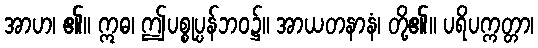
အာဟ၊ ၏။ ဣဓ၊ ဤပစ္စုပ္ပန်ဘဝ၌။ အာယတနာနံ၊ တို့၏။ ပရိပက္ကတ္တာ၊